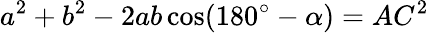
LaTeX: a^{2}+b^{2}-2ab\cos(180^{\circ}-\alpha)=AC^{2}